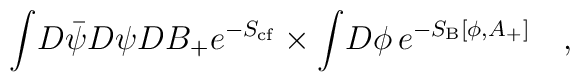
\int \! D \bar{\psi} D  \psi D B_{+} e^{-S_{\rm{cf}} }\times \int \! D \phi  \, e^{-S_{\rm {B}}[\phi ,A_{+}]}  \quad,